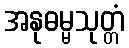
အနုဓမ္မသုတ္တံ